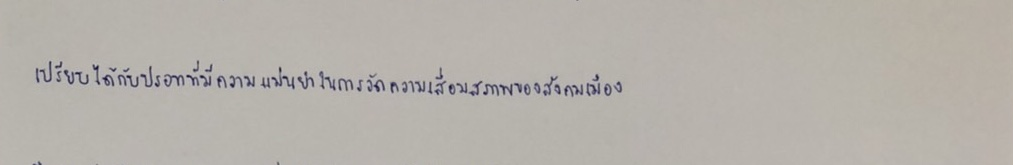
เปรียบได้กับปรอทที่มีความแม่นยำในการวัดความเสื่อมสภาพของสังคมเมือง